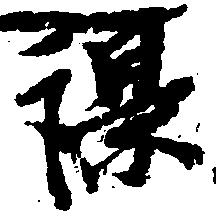
課